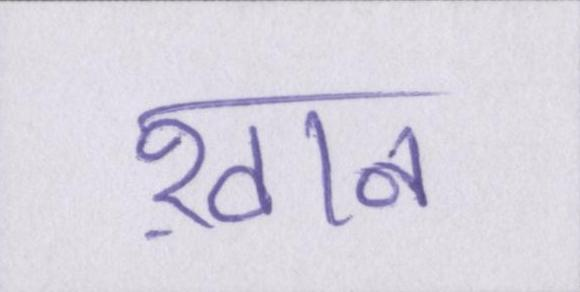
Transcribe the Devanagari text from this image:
ख़ान